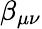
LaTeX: \beta_{\mu\nu}